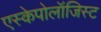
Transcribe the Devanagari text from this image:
एस्केपोलॉजिस्ट